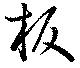
板